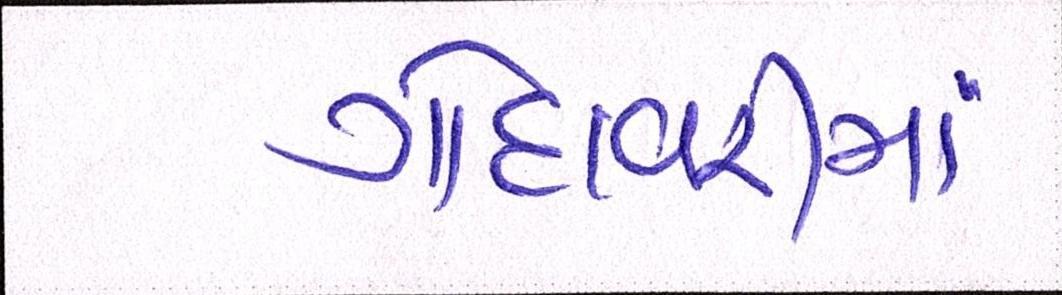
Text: ગોદાવરીમાં